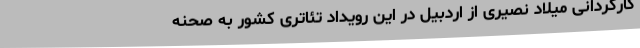
کارگردانی میلاد نصیری از اردبیل در این رویداد تئاتری کشور به صحنه